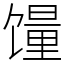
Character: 䭪